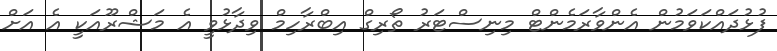
ފުޅުދައްކަވަމުން އެންވާރަމެންޓް މިނިސްޓަރު ތޯރިގް އިބްރާހިމް ވިދާޅުވީ އެ މަޝްރޫއަކީ އެ އަށް